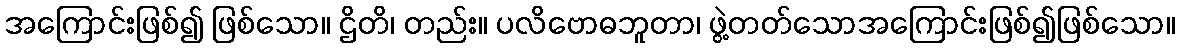
အကြောင်းဖြစ်၍ ဖြစ်သော။ ဌိတိ၊ တည်း။ ပလိဗောဓဘူတာ၊ ဖွဲ့တတ်သောအကြောင်းဖြစ်၍ဖြစ်သော။